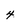
Character: 4